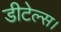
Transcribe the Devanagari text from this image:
डीटेल्स।